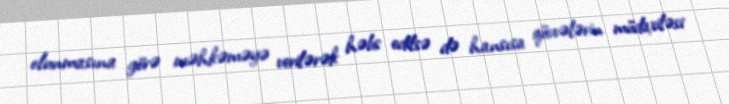
olunmasına görə məhkəməyə verilərək həbs edilsə də hansısa qüvvələrin müdaxiləsi